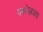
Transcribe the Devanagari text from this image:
क्लोज़अप